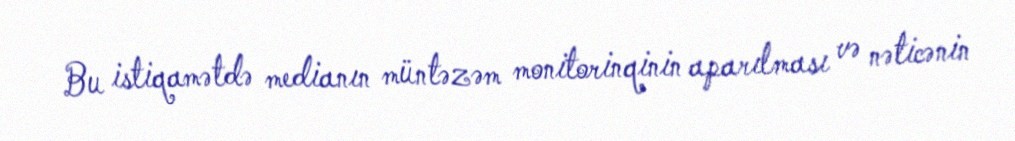
Bu istiqamətdə medianın müntəzəm monitorinqinin aparılması və nəticənin